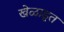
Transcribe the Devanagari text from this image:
खेळाडूत